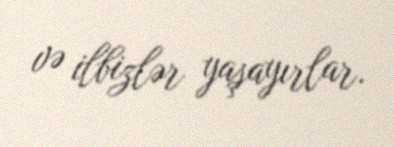
və ilbizlər yaşayırlar.